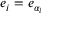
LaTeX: e _ { i } = e _ { \alpha _ { i } }